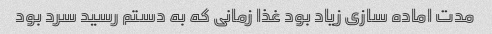
مدت اماده سازی زیاد بود غذا زمانی که به دستم رسید سرد بود